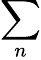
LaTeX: \sum_{n}